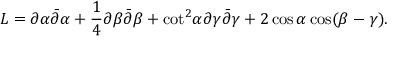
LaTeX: { \cal L } = \partial \alpha \bar { \partial } \alpha + { \frac { 1 } { 4 } } \partial \beta \bar { \partial } \beta + { \cot } ^ { 2 } \alpha \partial \gamma \bar { \partial } \gamma + 2 \cos \alpha \cos ( \beta - \gamma ) .